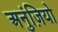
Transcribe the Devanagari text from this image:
अनुंज़ियो